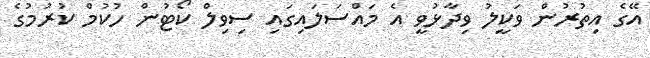
އޭގެ އިތުރުން ވަކީލު ވިދާޅުވީ އެ މައްސަލައިގައި ސިވިލް ކޯޓުން ހުކުމް ކުރުމުގެ